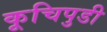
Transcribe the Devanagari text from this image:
कूचिपुडी